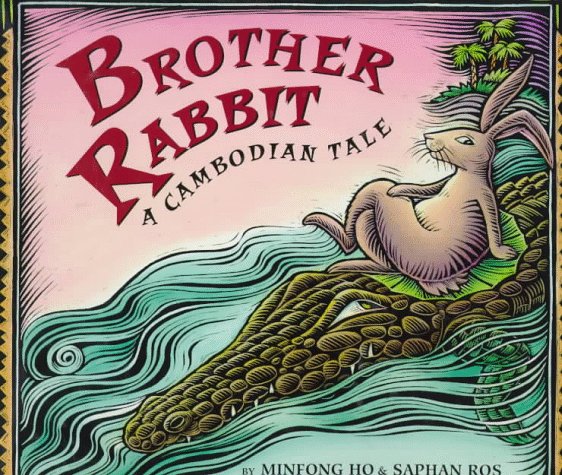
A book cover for Brother Rabbit; Minfong Ho; Children's Books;